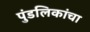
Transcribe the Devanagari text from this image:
पुंडलिकांचा